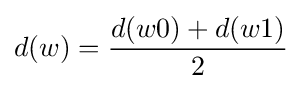
d(w)={\frac {d(w0)+d(w1)}{2}}